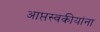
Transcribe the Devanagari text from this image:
आप्तस्वकीयांना